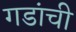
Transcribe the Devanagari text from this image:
गडांची